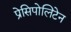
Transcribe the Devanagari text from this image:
प्रेसिपोलिटेन